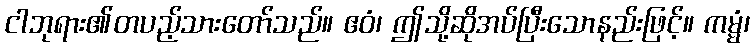
ငါဘုရား၏တပည့်သားတော်သည်။ ဧဝံ၊ ဤသို့ဆိုအပ်ပြီးသောနည်းဖြင့်။ ကမ္မံ၊